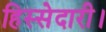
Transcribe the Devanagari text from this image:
हिस्सेदारी।